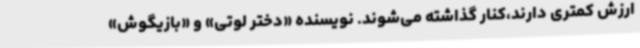
ارزش کمتری دارند،کنار گذاشته می‌شوند. نویسنده «دختر لوتی» و «بازیگوش»